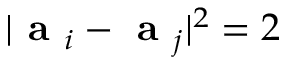
| \textbf { a } _ { i } - \textbf { a } _ { j } | ^ { 2 } = 2